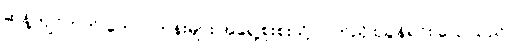
ဆန့်ကျင်ဘက် တောင်တန်းများ အရှေ့စူးစူးသို့ လက်ညှိုးညွန်ရင်း ပြောသည်။